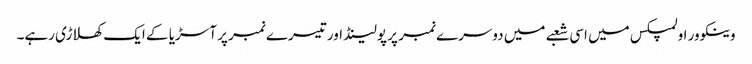
وینکوور اولمپکس میں اسی شعبے میں دوسرے نمبر پر پولینڈ اور تیسرے نمبر پر آسڑیا کے ایک کھلاڑی رہے۔